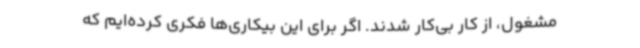
مشغول، از کار بی‌کار شدند. اگر برای این بیکاری‌ها فکری کرده‌ایم که